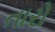
તારો